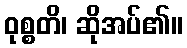
ဝုစ္စတိ၊ ဆိုအပ်၏။